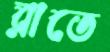
রাতে